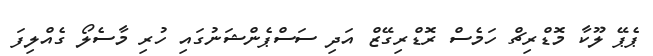
ޕެޕޭ ލޫކާ މޮޑްރިޗް ހަމެސް ރޮޑްރިގޭޒް އަދި ސަސްޕެންޝަނުގައި ހުރި މާސެލޯ ގެއްލިފަ